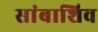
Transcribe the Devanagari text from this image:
सांबाशिव